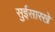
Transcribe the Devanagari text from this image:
सुईसारखे